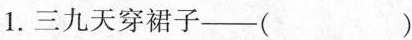
1.三九天穿裙子——()